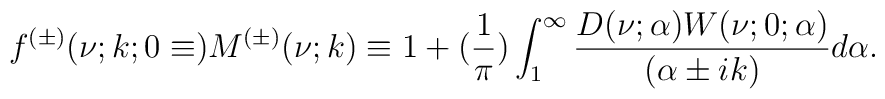
f^{(\pm)}(\nu;k;0\equiv)M^{(\pm)}(\nu;k)\equiv 1+(\frac{1}{\pi})\int_{1}^{\infty}\frac{D(\nu;\alpha)W(\nu;0;\alpha)}{(\alpha\pm ik)} d\alpha.